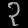
Digit: ၃